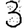
Digit: 3